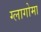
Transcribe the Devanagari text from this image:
ग्लागोमा